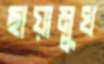
ছায়ামুখ